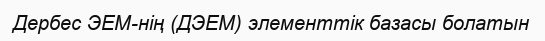
Дербес ЭЕМ-нің (ДЭЕМ) элементтік базасы болатын